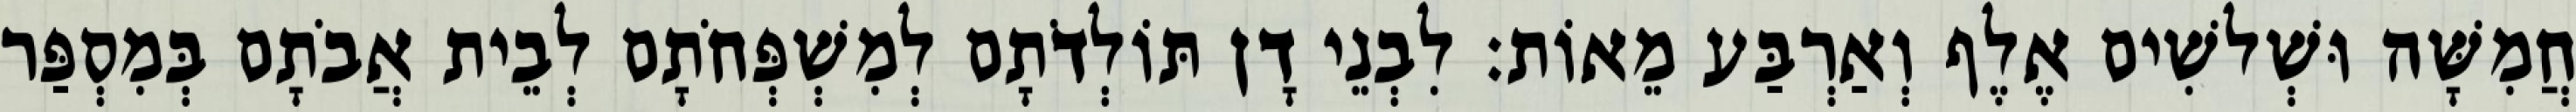
חֲמִשָּׁה וּשְׁלשִׁים אֶלֶף וְאַרְבַּע מֵאוֹת׃ לִבְנֵי דָן תּוֹלְדֹתָם לְמִשְׁפְּחֹתָם לְבֵית אֲבֹתָם בְּמִסְפַּר